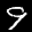
Label: 9